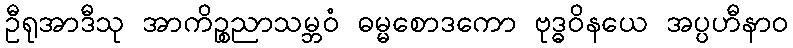
ဦရုအာဒီသု အာကိဉ္စညာသမ္ဘဝံ ဓမ္မစောဒကော ဗုဒ္ဓဝိနယေ အပ္ပဟီနာဝ